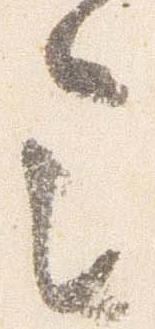
令